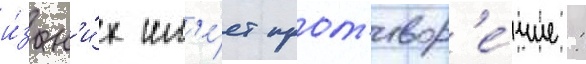
и́з н'и́х им'е́ет прот'ивор'е́чие: